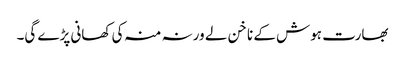
بھارت ہوش کے ناخن لے ورنہ منہ کی کھانی پڑے گی۔